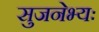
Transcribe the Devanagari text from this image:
सुजनेभ्यः